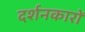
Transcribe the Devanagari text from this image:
दर्शनकारों